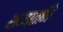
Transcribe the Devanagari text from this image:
सनातनि